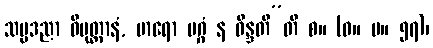
သမ္မဒညာ ဝိမုတ္တာနံ, မာရော မဂ္ဂံ န ဝိန္ဒတီ”တိ စ။ (ဓ။ ပ။ ၅၇)၊